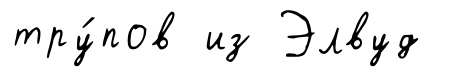
тру́пов из Элвуд